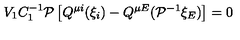
V _ { 1 } C _ { 1 } ^ { - 1 } { \cal P } \left[ Q ^ { \mu i } ( \xi _ { i } ) - Q ^ { \mu E } ( { \cal P } ^ { - 1 } \xi _ { E } ) \right] = 0